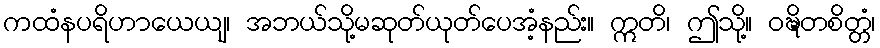
ကထံနပရိဟာယေယျ၊ အဘယ်သို့မဆုတ်ယုတ်ပေအံ့နည်း။ ဣတိ၊ ဤသို့။ ဝဍ္ဎိတစိတ္တံ၊